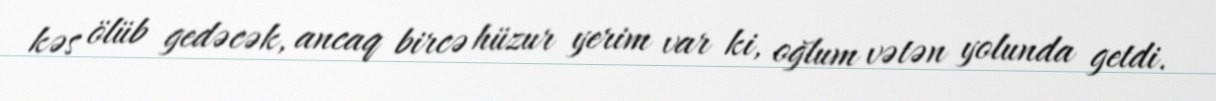
kəs ölüb gedəcək, ancaq bircə hüzur yerim var ki, oğlum vətən yolunda getdi.